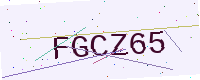
Text: FGCZ65